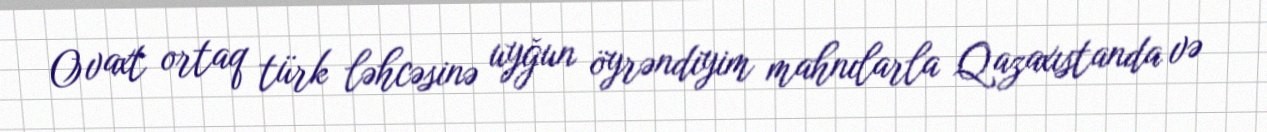
O vaxt ortaq türk ləhcəsinə uyğun öyrəndiyim mahnılarla Qazaxıstanda və